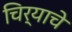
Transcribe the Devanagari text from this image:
चिर्‍याचे